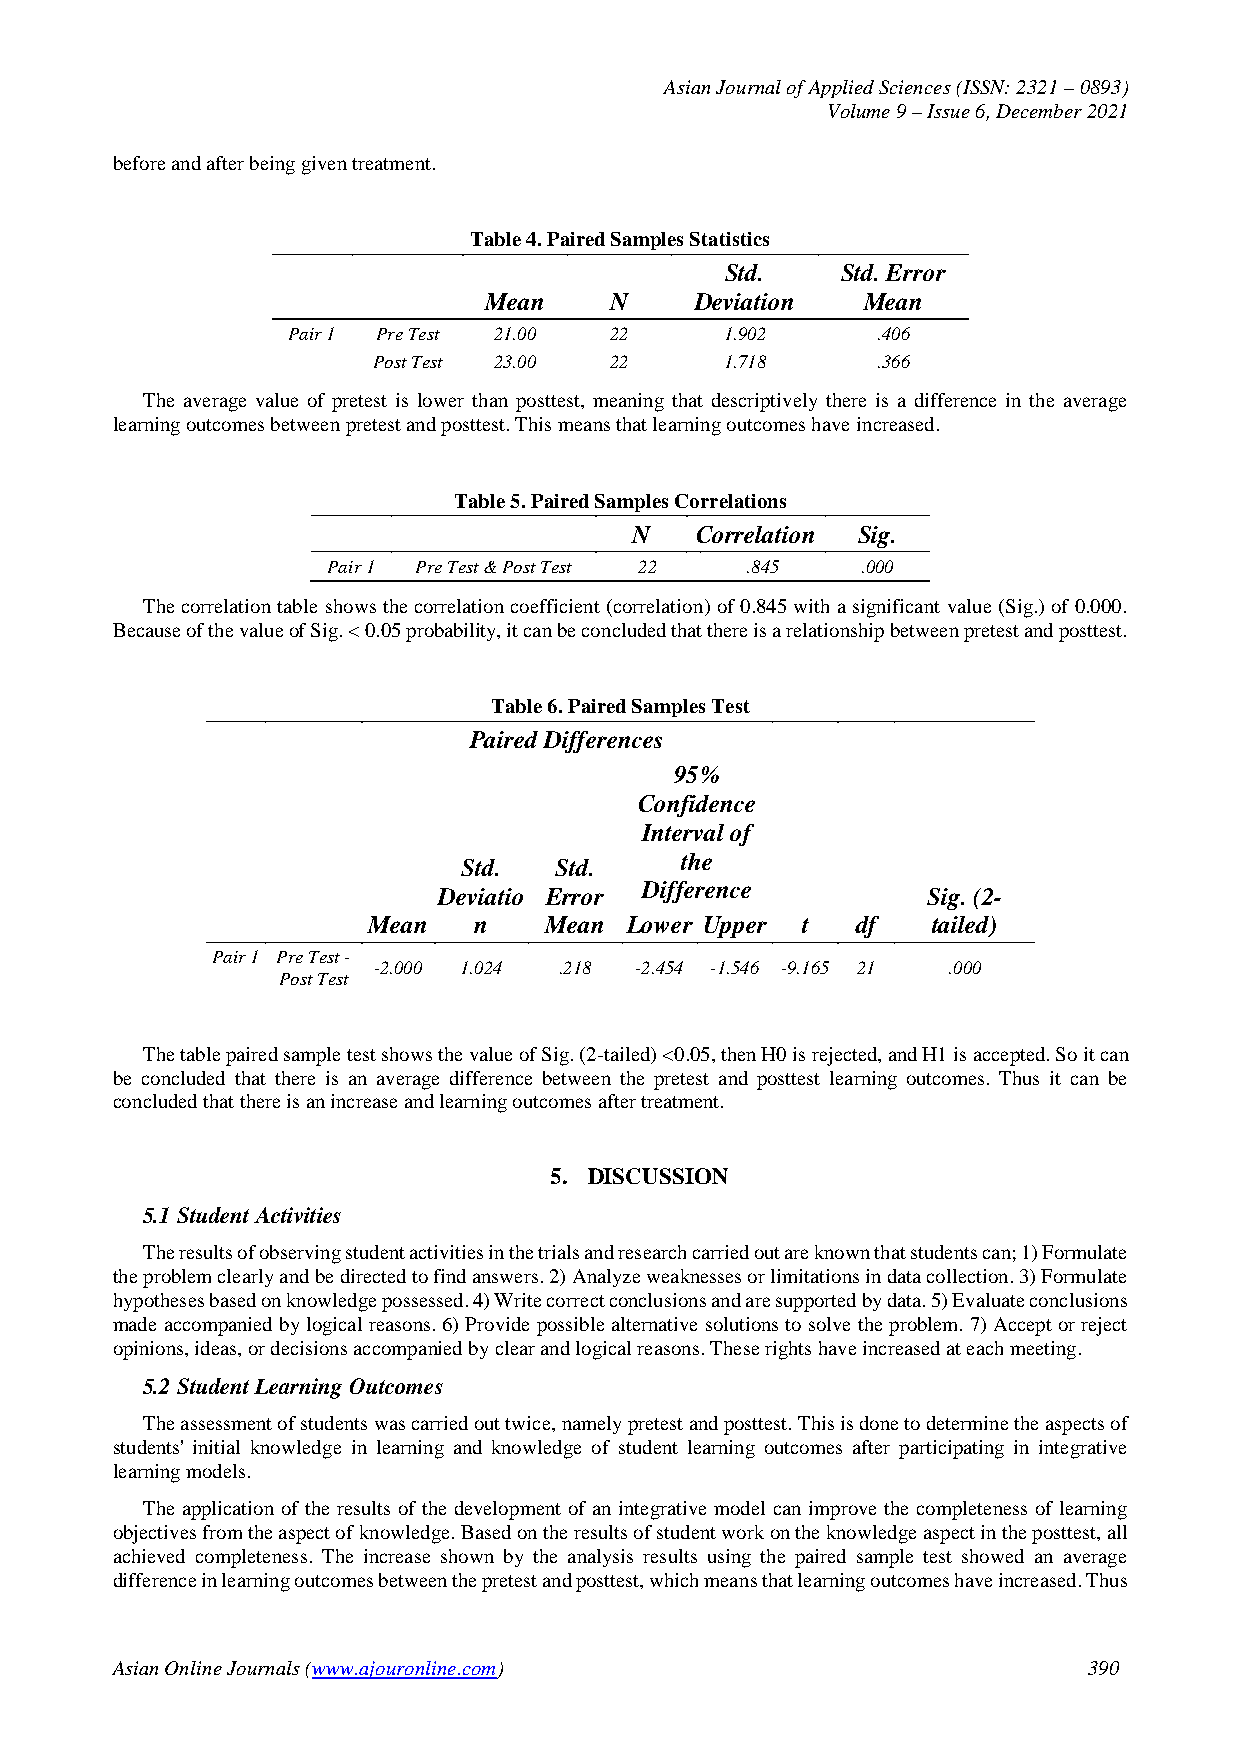
Asian Journal of Applied Sciences (ISSN: 2321 – 0893)
 Volume 9 – Issue 6, December 2021
 before and after being given treatment.
 Table 4. Paired Samples Statistics
 Std.    Std. Error
 Mean    N     Deviation  Mean
 Pair 1 Pre Test 21.00 22     1.902     .406
 Post Test 23.00 22     1.718     .366
 The average value of pretest is lower than posttest, meaning that descriptively there is a difference in the average
 learning outcomes between pretest and posttest. This means that learning outcomes have increased.
 Table 5. Paired Samples Correlations
 N   Correlation Sig.
 Pair 1 Pre Test & Post Test 22 .845 .000
 The correlation table shows the correlation coefficient (correlation) of 0.845 with a significant value (Sig.) of 0.000.
 Because of the value of Sig. < 0.05 probability, it can be concluded that there is a relationship between pretest and posttest.
 Table 6. Paired Samples Test
 Paired Differences
 95%
 Confidence
 Interval of
 Std.  Std.    the
 Deviatio Error Difference       Sig. (2-
 Mean   n    Mean Lower Upper t   df   tailed)
 Pair 1 Pre Test -
 -2.000 1.024 .218 -2.454 -1.546 -9.165 21 .000
 Post Test
 The table paired sample test shows the value of Sig. (2-tailed) <0.05, then H0 is rejected, and H1 is accepted. So it can
 be concluded that there is an average difference between the pretest and posttest learning outcomes. Thus it can be
 concluded that there is an increase and learning outcomes after treatment.
 5. DISCUSSION
 5.1 Student Activities
 The results of observing student activities in the trials and research carried out are known that students can; 1) Formulate
 the problem clearly and be directed to find answers. 2) Analyze weaknesses or limitations in data collection. 3) Formulate
 hypotheses based on knowledge possessed. 4) Write correct conclusions and are supported by data. 5) Evaluate conclusions
 made accompanied by logical reasons. 6) Provide possible alternative solutions to solve the problem. 7) Accept or reject
 opinions, ideas, or decisions accompanied by clear and logical reasons. These rights have increased at each meeting.
 5.2 Student Learning Outcomes
 The assessment of students was carried out twice, namely pretest and posttest. This is done to determine the aspects of
 students' initial knowledge in learning and knowledge of student learning outcomes after participating in integrative
 learning models.
 The application of the results of the development of an integrative model can improve the completeness of learning
 objectives from the aspect of knowledge. Based on the results of student work on the knowledge aspect in the posttest, all
 achieved completeness. The increase shown by the analysis results using the paired sample test showed an average
 difference in learning outcomes between the pretest and posttest, which means that learning outcomes have increased. Thus
 Asian Online Journals (www.ajouronline.com)                      390